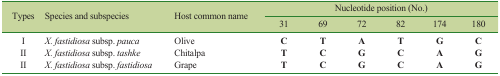
<table><thead><tr><td rowspan="3"><b>Types</b></td><td rowspan="3"><b>Species and subspecies</b></td><td rowspan="3"><b>Host common name</b></td><td colspan="6"><b>Nucleotide position (No.)</b></td></tr><tr><td><b>31</b></td><td><b>69</b></td><td><b>72</b></td><td><b>82</b></td><td><b>174</b></td><td><b>180</b></td></tr></thead><tbody><tr><td>I</td><td><i>X. fastidiosa</i> subsp. <i>pauca</i></td><td>Olive</td><td><b>C</b></td><td><b>T</b></td><td><b>A</b></td><td><b>T</b></td><td><b>G</b></td><td><b>C</b></td></tr><tr><td>II</td><td><i>X. fastidiosa</i> subsp. <i>tashke</i></td><td>Chitalpa</td><td><b>T</b></td><td><b>C</b></td><td><b>G</b></td><td><b>C</b></td><td><b>A</b></td><td><b>G</b></td></tr><tr><td>II</td><td><i>X. fastidiosa</i> subsp. <i>fastidiosa</i></td><td>Grape</td><td><b>T</b></td><td><b>C</b></td><td><b>G</b></td><td><b>C</b></td><td><b>A</b></td><td><b>G</b></td></tr></tbody></table>